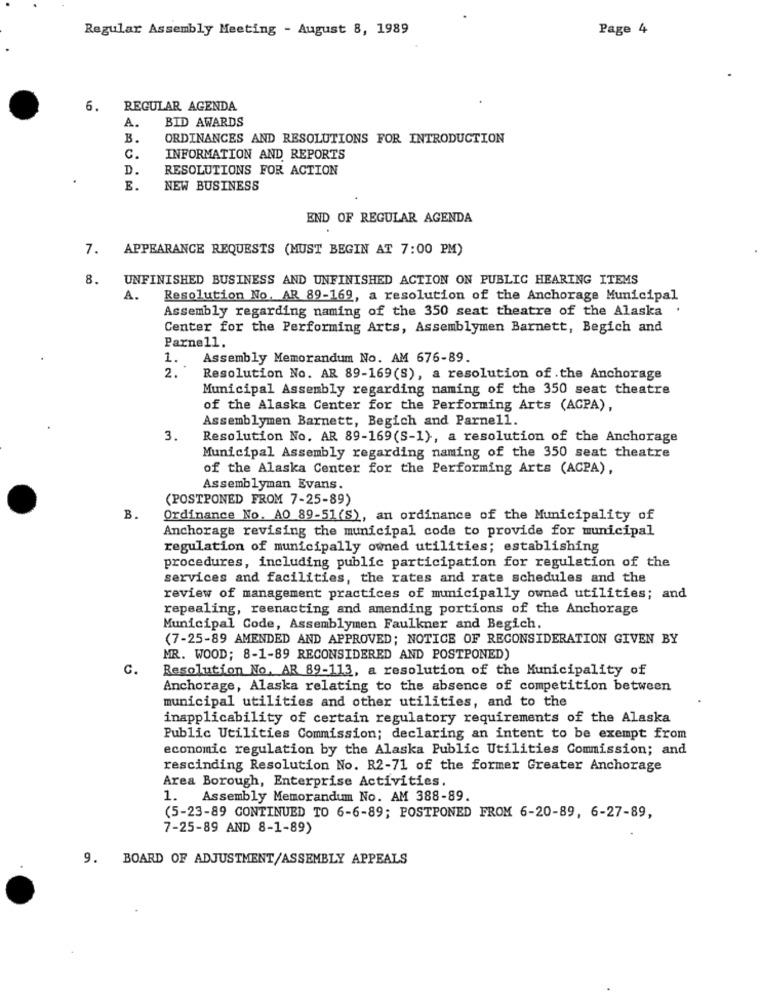
Regular Assembly Meeting - August 8, 1989
Page 4
6.
REGULAR AGENDA
A.
BID AWARDS
B.
ORDINANCES AND RESOLUTIONS FOR INTRODUCTION
C.
INFORMATION AND REPORTS
D.
RESOLUTIONS FOR ACTION
E.
NEW BUSINESS
END OF REGULAR AGENDA
7. APPEARANCE REQUESTS (MUST BEGIN AT 7:00 PM)
8. UNFINISHED BUSINESS AND UNFINISHED ACTION ON PUBLIC HEARING ITEMS
A.
Resolution No. AR 89-169, a resolution of the Anchorage Municipal
Assembly regarding naming of the 350 seat theatre of the Alaska .
Center for the Performing Arts, Assemblymen Barnett, Begich and
Parne11.
1. Assembly Memorandum No. AM 676-89.
2.
Resolution No. AR 89-169(S), a resolution of.the Anchorage
Municipal Assembly regarding naming of the 350 seat theatre
of the Alaska Center for the Performing Arts (ACPA),
Assemblymen Barnett, Begich and Parnell.
3.
Resolution No. AR 89-169(S-1), a resolution of the Anchorage
Municipal Assembly regarding naming of the 350 seat theatre
of the Alaska Center for the Performing Arts (ACPA),
Assemblyman Evans.
(POSTPONED FROM 7-25-89)
B.
Ordinance No. AO 89-51(S), an ordinance of the Municipality of
Anchorage revising the municipal code to provide for municipal
regulation of municipally owned utilities; establishing
procedures, including public participation for regulation of the
services and facilities, the rates and rate schedules and the
review of management practices of mmicipally owned utilities; and
repealing, reenacting and amending portions of the Anchorage
Municipal Code, Assemblymen Faulkner and Begich.
(7-25-89 AMENDED AND APPROVED; NOTICE OF RECONSIDERATION GIVEN BY
MR. WOOD; 8-1-89 RECONSIDERED AND POSTPONED)
C.
Resolution No. AR 89-113, a resolution of the Municipality of
Anchorage, Alaska relating to the absence of competition between
municipal utilities and other utilities, and to the
inapplicability of certain regulatory requirements of the Alaska
Public Utilities Commission; declaring an intent to be exempt from
economic regulation by the Alaska Public Utilities Commission; and
rescinding Resolution No. R2-71 of the former Greater Anchorage
Area Borough, Enterprise Activities.
1. Assembly Memorandum No. AM 388-89.
(5-23-89 CONTINUED TO 6-6-89; POSTPONED FROM 6-20-89, 6-27-89,
7-25-89 AND 8-1-89)
9. BOARD OF ADJUSTMENT/ASSEMBLY APPEALS